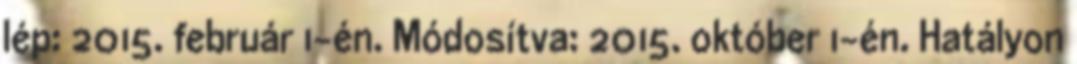
lép: 2015. február 1-én. Módosítva: 2015. október 1-én. Hatályon